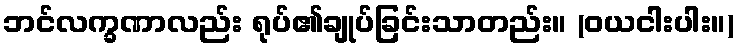
ဘင်လက္ခဏာလည်း ရုပ်၏ချုပ်ခြင်းသာတည်း။ (ဝယငါးပါး။)